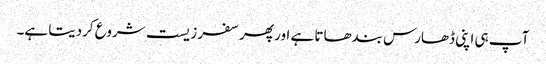
آپ ہی اپنی ڈھارس بندھاتا ہے اور پھر سفر زیست شروع کردیتا ہے۔